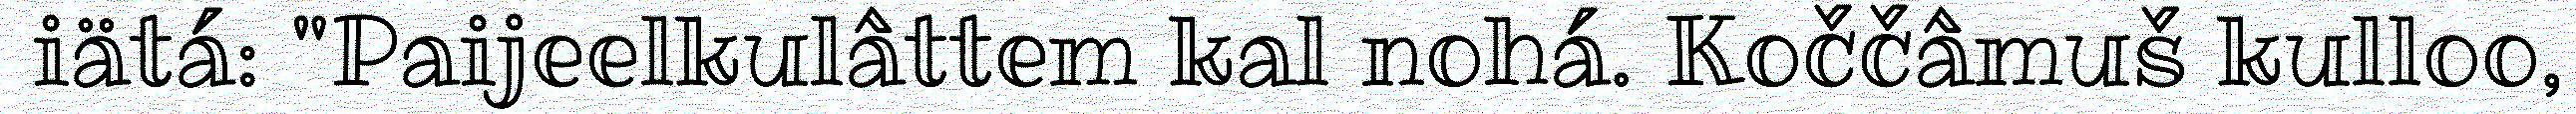
iätá: "Paijeelkulâttem kal nohá. Koččâmuš kulloo,